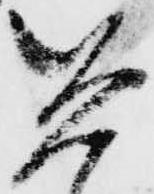
兵